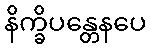
နိက္ခိပန္တေနပေ